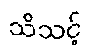
သိသင့်